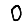
Digit: 0